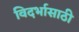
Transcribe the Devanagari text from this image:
विदर्भासाठी